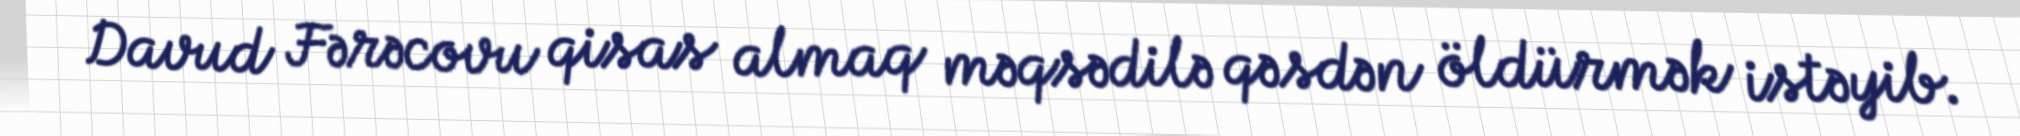
Davud Fərəcovu qisas almaq məqsədilə qəsdən öldürmək istəyib.